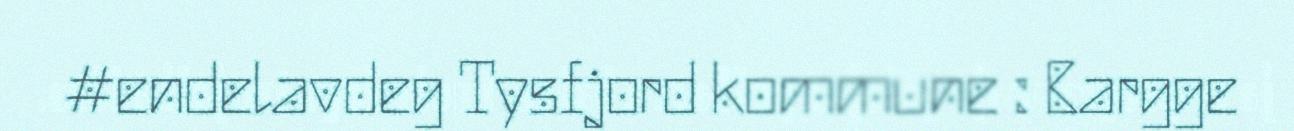
#endelavdeg Tysfjord kommune : Bargge